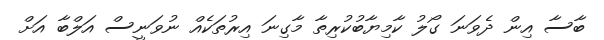
ބާސާ އިން ދެވަނަ ގޯލު ކާމިޔާބުކުރިތާ މާގިނަ އިރުތަކެއް ނުވަނީސް އަލްބާ އަށް